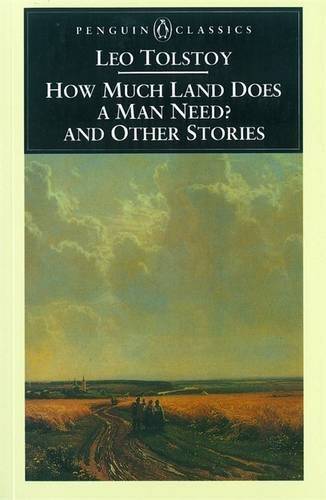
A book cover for How Much Land Does a Man Need? and Other Stories (Penguin Classics); Leo Tolstoy; Literature & Fiction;